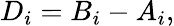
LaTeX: D_{i}=B_{i}-A_{i},